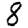
Digit: 8